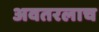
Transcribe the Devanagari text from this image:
अवतरलाच